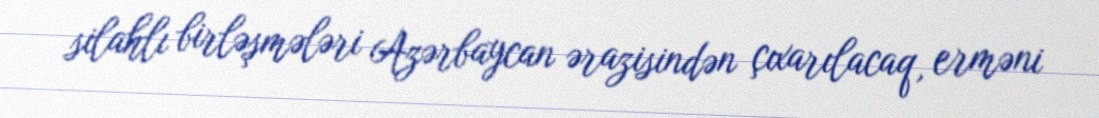
silahlı birləşmələri Azərbaycan ərazisindən çıxarılacaq, erməni